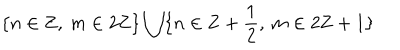
LaTeX: \{ n \in \mathbf { Z } , \: m \in 2 \mathbf { Z } \} \bigcup \{ n \in \mathbf { Z } + \frac { 1 } { 2 } , \: m \in 2 \mathbf { Z } + 1 \}